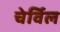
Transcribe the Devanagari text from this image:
चेर्विल